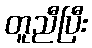
တူညီပြီး